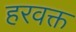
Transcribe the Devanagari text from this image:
हरवक्त